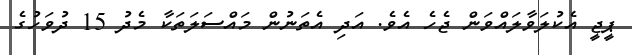
ޕީޖީ އެކުލަވާލައްވަން ޖެހެ އެވެ. އަދި އެތަނުން މައްސަލަތަކާ މެދު 15 ދުވަހުގެ